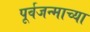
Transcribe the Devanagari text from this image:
पूर्वजन्माच्या